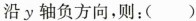
沿y轴负方向,则:()